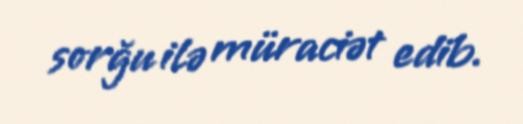
sorğu ilə müraciət edib.